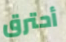
أحترق